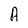
Character: A